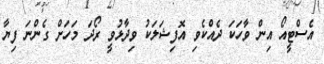
އެސްޓީއޯ އިން ވާހަކަ ދެއްކެވި އޮފިޝަލަކު ވިދާޅުވީ ރޯދަ މަހަށް ގެންނަ ފިޔާ